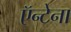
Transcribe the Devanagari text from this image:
ऍन्टेना